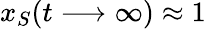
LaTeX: x_{S}(t\longrightarrow\infty)\approx 1